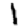
Digit: 1